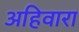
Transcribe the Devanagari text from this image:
अहिवारा